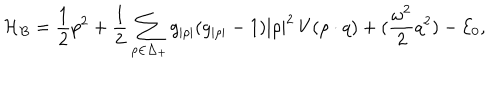
{ \cal H } _ { B } = { \frac { 1 } { 2 } } p ^ { 2 } + { \frac { 1 } { 2 } } \sum _ { \rho \in \Delta _ { + } } g _ { | \rho | } ( g _ { | \rho | } - 1 ) | \rho | ^ { 2 } \, V ( \rho \cdot q ) + ( { \frac { \omega ^ { 2 } } { 2 } } q ^ { 2 } ) - { \cal E } _ { 0 } ,